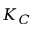
K _ { C }